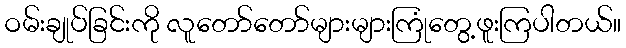
ဝမ်းချုပ်ခြင်းကို လူတော်တော်များများကြုံတွေ့ဖူးကြပါတယ်။